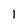
Character: 1